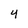
Character: 4